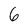
Character: 6